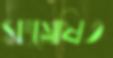
সংশ্লেষিত